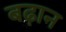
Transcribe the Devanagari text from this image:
बढ़ान